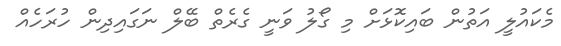
މެކައުލީ އަތުން ބައިކޮޅަށް މި ގޯލު ވަނީ ގެރެތް ބޭލް ނަގައިދިން ހުރަހެއް